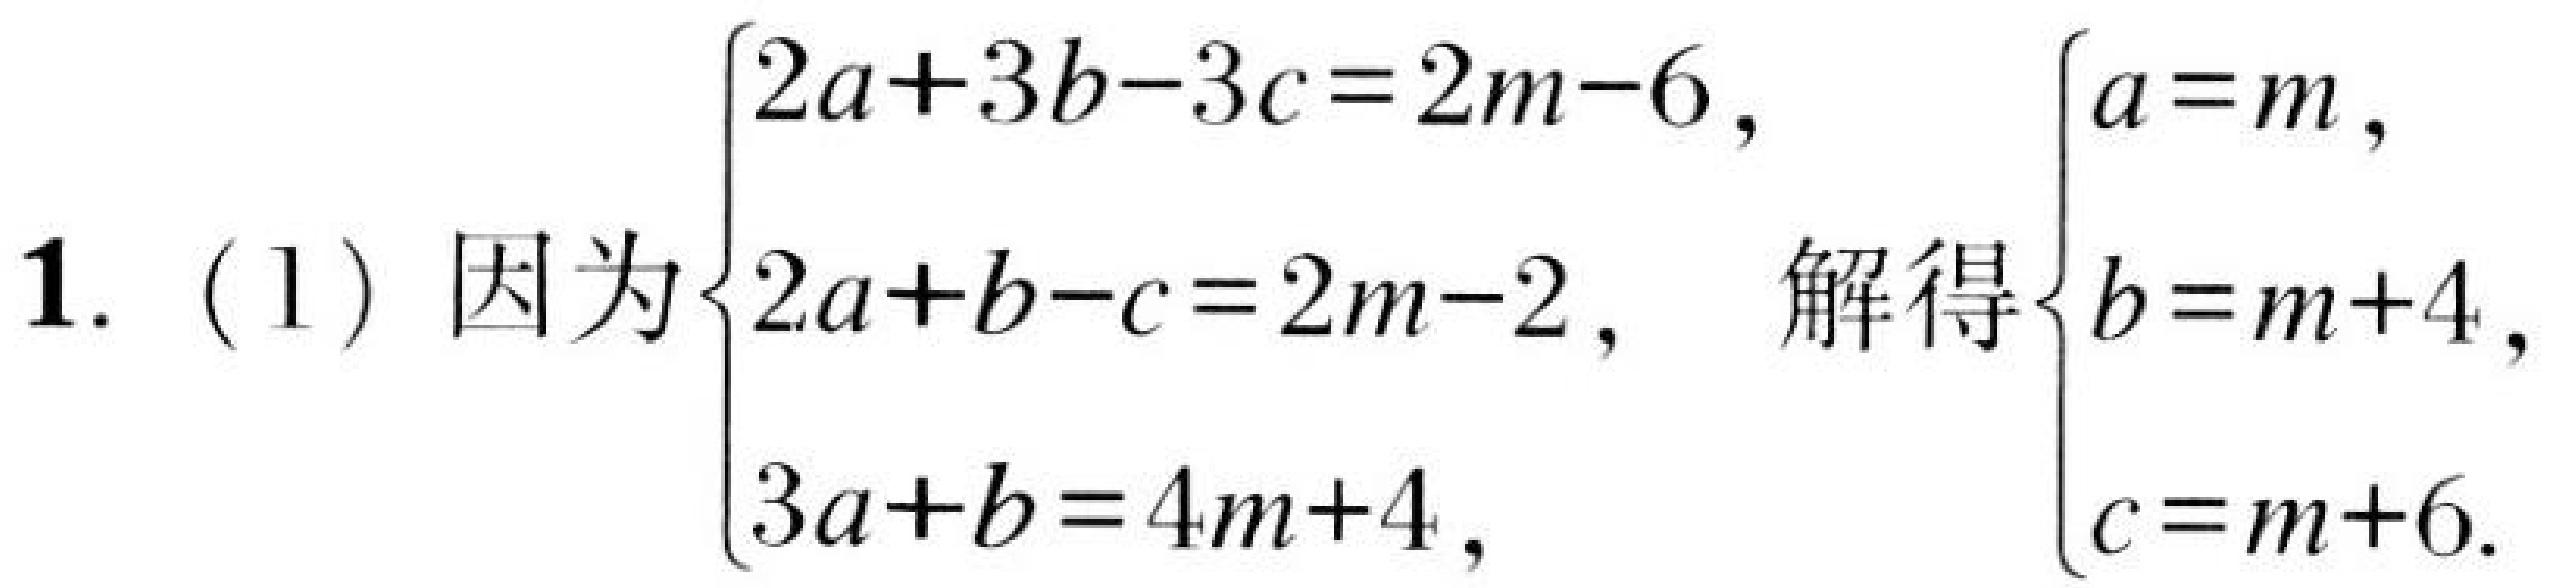
1. (1) 因为\(\begin{cases}2a + 3b-3c=2m - 6,\\2a + b - c=2m - 2,\\3a + b=4m + 4,\end{cases}\) 解得\(\begin{cases}a = m,\\b = m + 4,\\c = m + 6.\end{cases}\)